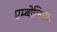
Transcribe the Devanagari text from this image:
एम्बोलिसम